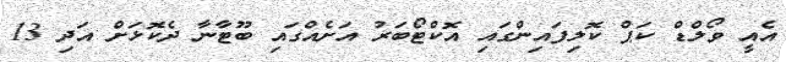
އެއީ ވޯލްޑް ކަޕް ކޮލިފައިންގައި އޮކްޓޯބަރު އަށެއްގައި ބޫޓާނާ ދެކޮޅަށް އަދި 13